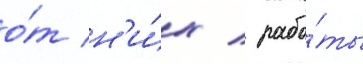
о́т н'и́х / рабо́ты